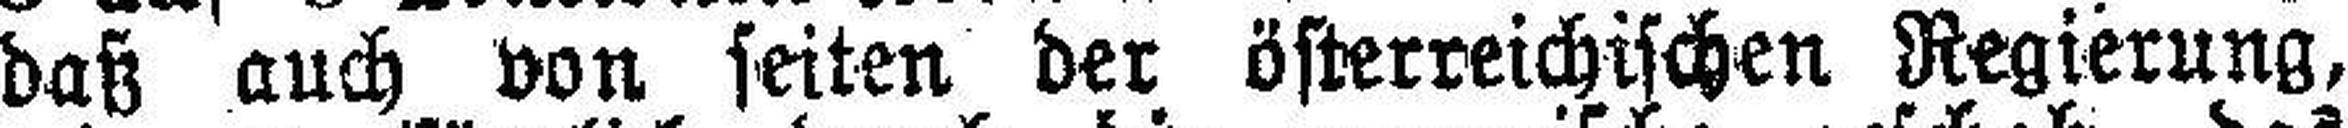
daß auch von seiten der österreichischen Regierung,